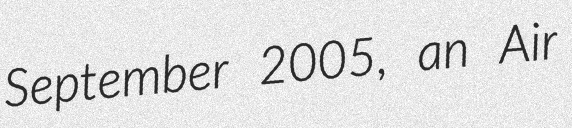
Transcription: September 2005, an Air